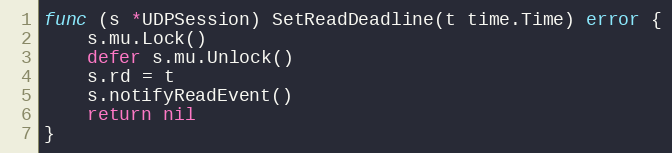
Language: Go
func (s *UDPSession) SetReadDeadline(t time.Time) error {
	s.mu.Lock()
	defer s.mu.Unlock()
	s.rd = t
	s.notifyReadEvent()
	return nil
}